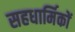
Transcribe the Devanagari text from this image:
सहधार्मिकों